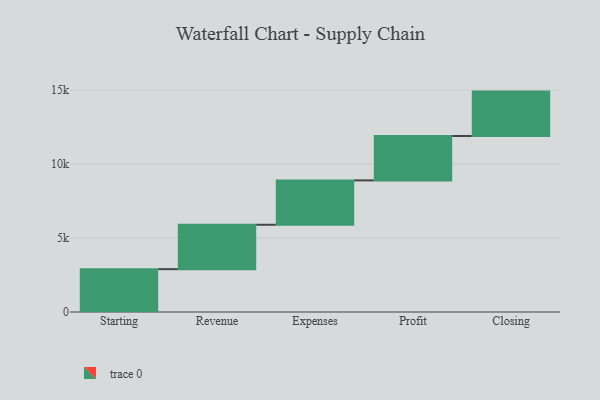
{"axis": {"x": "Step", "y": "Value"}, "legend": [""], "data": [{"x": "Starting", "y": 2896.0, "type": ""}, {"x": "Revenue", "y": 3000, "type": ""}, {"x": "Expenses", "y": 3000, "type": ""}, {"x": "Profit", "y": 3000, "type": ""}, {"x": "Closing", "y": 3000, "type": ""}]}